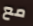
مع